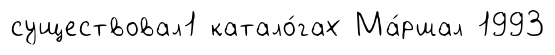
существовал1 катало́гах Ма́ршал 1993